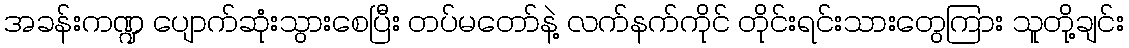
အခန်းကဏ္ဍ ပျောက်ဆုံးသွားစေပြီး တပ်မတော်နဲ့ လက်နက်ကိုင် တိုင်းရင်းသားတွေကြား သူတို့ချင်း